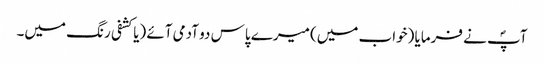
آپؐ نے فرمایا (خواب میں) میرے پاس دو آدمی آئے (یا کشفی رنگ میں۔